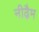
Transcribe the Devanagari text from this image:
नीढ़ैम